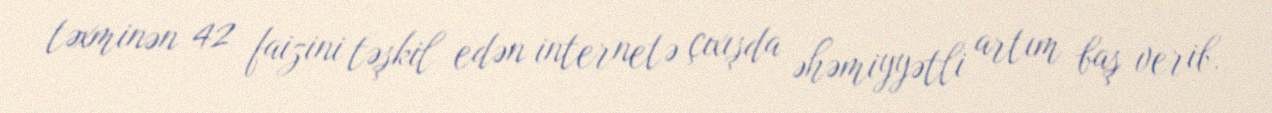
təxminən 42 faizini təşkil edən internetə çıxışda əhəmiyyətli artım baş verib.